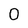
Character: 0